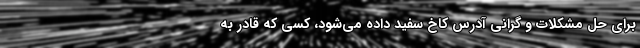
برای حل مشکلات و گرانی آدرس کاخ سفید داده می‌شود، کسی که قادر به